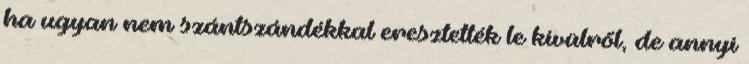
ha ugyan nem szántszándékkal eresztették le kívülről, de annyi